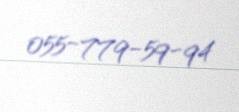
055-779-59-94